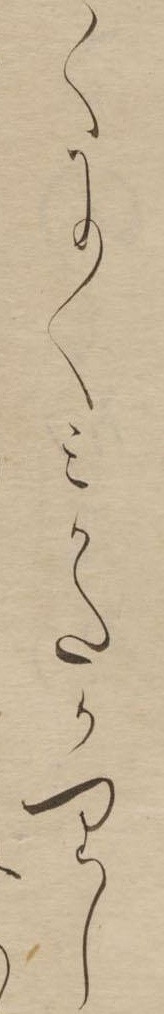
くにくみかたかりし